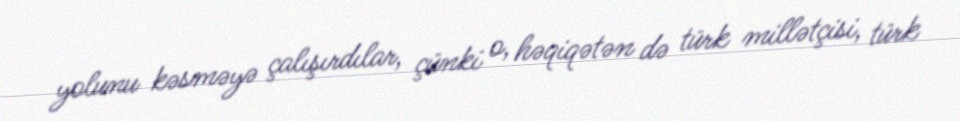
yolunu kəsməyə çalışırdılar, çünki o, həqiqətən də türk millətçisi, türk